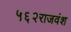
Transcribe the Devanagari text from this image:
५६२राजवंश